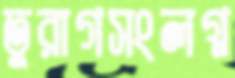
তুরাগসংলগ্ন